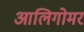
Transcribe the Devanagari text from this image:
आलिगोमर